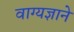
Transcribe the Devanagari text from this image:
वाग्यज्ञाने